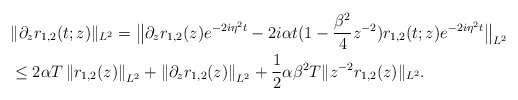
\begin{align*}& \|\partial_{z} r_{1,2}(t;z) \|_{L^2} = \big\| \partial_{z} r_{1,2}( z)e^{-2i\eta^2 t} - 2i\alpha t (1 -\frac{\beta^2}{4}z^{-2}) r_{1,2}(t;z) e^{-2i\eta^2 t}\big\|_{L^2} \\&\leq 2\alpha T \left\| r_{1,2}( z)\right\|_{L^2}+\left\|\partial_{z} r_{1,2}( z)\right\|_{L^2} + \frac{1}{2} \alpha\beta^2 T \| z^{-2} r_{1,2}( z) \|_{L^2}.\end{align*}